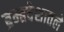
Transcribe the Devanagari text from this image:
ब्रम्हदेशातले